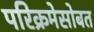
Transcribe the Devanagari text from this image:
परिक्रमेसोबत